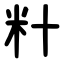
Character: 籵